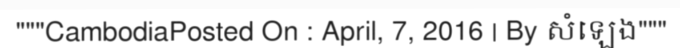
"""CambodiaPosted On : April, 7, 2016 | By សំឡេង"""